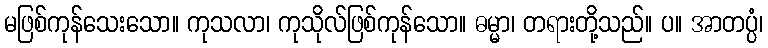
မဖြစ်ကုန်သေးသော။ ကုသလာ၊ ကုသိုလ်ဖြစ်ကုန်သော။ ဓမ္မာ၊ တရားတို့သည်။ ပ။ အာတပ္ပံ၊